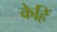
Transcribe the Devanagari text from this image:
केहिं